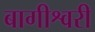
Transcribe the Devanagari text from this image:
बागीश्वरी